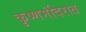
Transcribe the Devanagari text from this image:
कृष्णमंदिरात